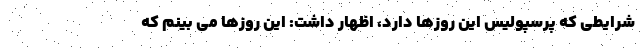
شرایطی که پرسپولیس این روزها دارد، اظهار داشت: این روزها می بینم که